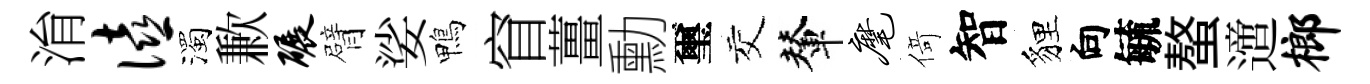
㳙僖濁歉碾臂娑鴨窅薑勳璽交輦麾𠋣智貍向毓螯𨗁榔